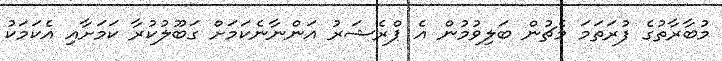
މުބާރާތުގެ ފުރަތަމަ މެޗުން ބަލިވުމުން އެ ޕްރެޝަރު އަންނާާނެކަމަށް ގަބޫލުކުރާ ކަމަށާއި އެކަމަކު